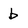
Character: b